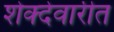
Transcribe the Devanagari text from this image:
शेक्देवारीत